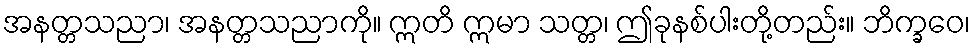
အနတ္တသညာ၊ အနတ္တသညာကို။ ဣတိ ဣမာ သတ္တ၊ ဤခုနစ်ပါးတို့တည်း။ ဘိက္ခဝေ၊